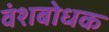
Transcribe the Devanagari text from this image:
वंशबोधक